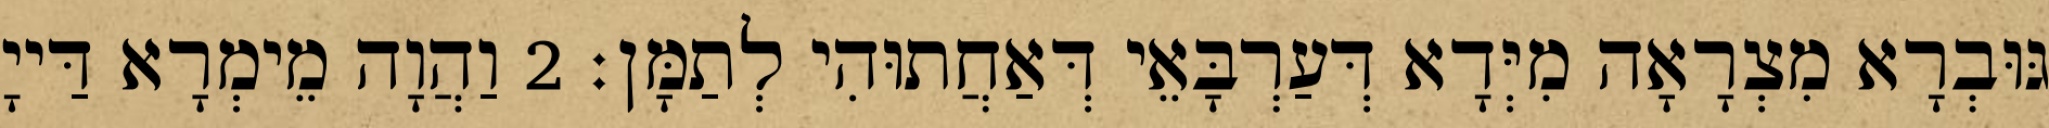
גּוּבְרָא מִצְרָאָה מִיְּדָא דְּעַרְבָּאֵי דְּאַחֲתוּהִי לְתַמָּן׃ 2 וַהֲוָה מֵימְרָא דַּייָ